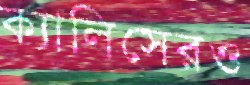
ক্যালিসেরও